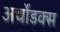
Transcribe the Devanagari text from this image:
अर्थोडक्स